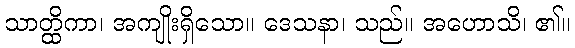
သာတ္ထိကာ၊ အကျိုးရှိသော။ ဒေသနာ၊ သည်။ အဟောသိ၊ ၏။